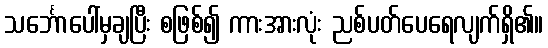
သင်္ဘောပေါ်မှချပြီး စဖြစ်၍ ကားအားလုံး ညစ်ပတ်ပေရေလျက်ရှိ၏။